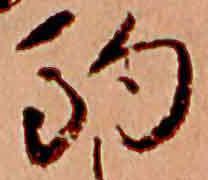
駒